画像に写った文字を読んでください
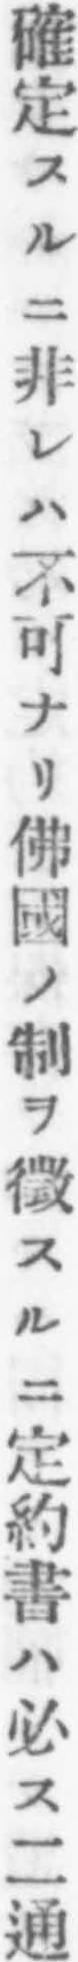
「確定スルニ非レハ不可ナリ佛國ノ制ヲ徵スルニ定約書ハ必ス二通」と書いてあります